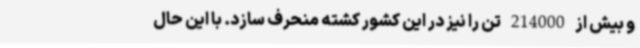
و بیش از 214000 تن را نیز در این کشور کشته منحرف سازد. با این حال